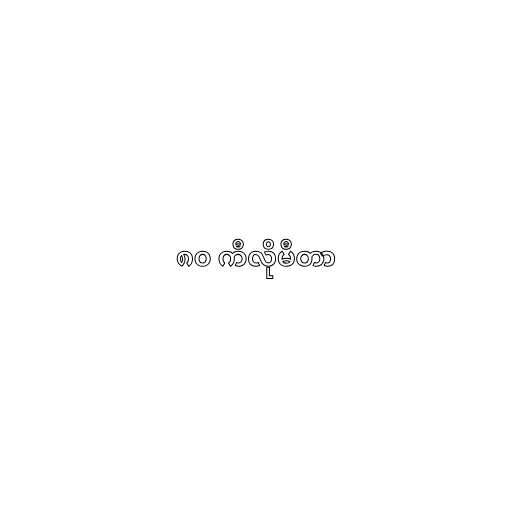
၈၀ ကီလိုမီတာ